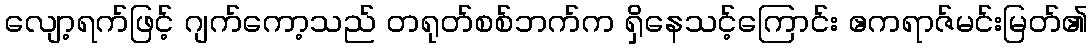
လျော့ရက်ဖြင့် ဂျက်ကော့သည် တရုတ်စစ်ဘက်က ရှိနေသင့်ကြောင်း ဧကရာဇ်မင်းမြတ်၏